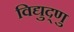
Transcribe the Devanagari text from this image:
विद्युद्णु